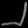
Digit: ၂